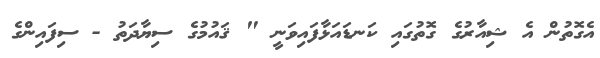
އެގޮތުން އެ ޝިއާރުގެ ގޮތުގައި ކަނޑައަޅާފައިވަނީ " ޤައުމުގެ ސިޔާދަތު - ސިފައިންގެ